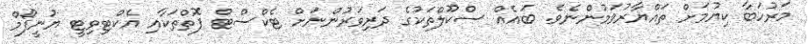
މަރުހަބާ ކިޔުމަށް ތައްޔާރުވަމުންނެވެ. ބައެއް ސްކޫލްތަކުގެ ދަރިވަރުންނަށް ޓެކްސްޓް ފޮތްތަކާއި އެކްޓިވިޓީ ޔުނީފޯމް